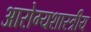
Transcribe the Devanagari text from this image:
आरोग्यशास्त्रीय